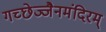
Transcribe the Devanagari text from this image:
गच्छेज्जैनमंदिरम्‌